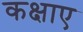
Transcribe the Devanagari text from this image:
कक्षाए